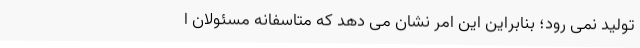
تولید نمی رود؛ بنابراین این امر نشان می دهد که متاسفانه مسئولان ا